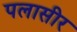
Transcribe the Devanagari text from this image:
पलासीर